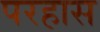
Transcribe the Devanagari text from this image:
परहास